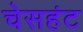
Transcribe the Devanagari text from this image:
चेसहंट